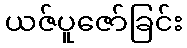
ယဇ်ပူဇော်ခြင်း